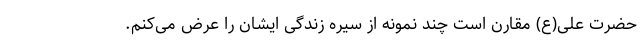
حضرت علی(ع) مقارن است چند نمونه از سیره زندگی ایشان را عرض می‌کنم.